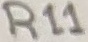
Text: R11